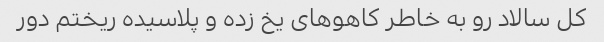
کل سالاد رو به خاطر کاهو‌های یخ زده و پلاسیده ریختم دور